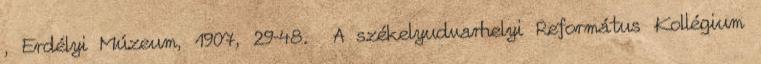
, Erdélyi Múzeum, 1907, 29–48. A székelyudvarhelyi Református Kollégium